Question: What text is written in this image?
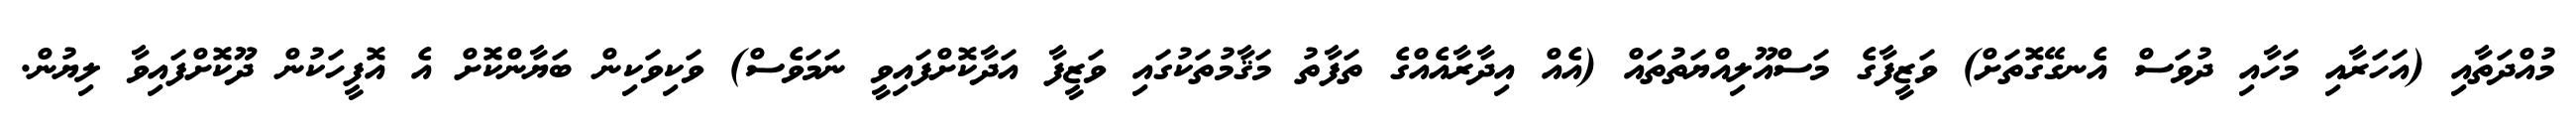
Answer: މުއްދަތާއި (އަހަރާއި މަހާއި ދުވަސް އެނގޭގޮތަށް) ވަޒީފާގެ މަސްއޫލިއްޔަތުތައް (އެއް އިދާރާއެއްގެ ތަފާތު މަޤާމުތަކުގައި ވަޒީފާ އަދާކޮށްފައިވީ ނަމަވެސް) ވަކިވަކިން ބަޔާންކޮށް އެ އޮފީހަކުން ދޫކޮށްފައިވާ ލިޔުން.